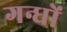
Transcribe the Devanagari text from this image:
गन्धों